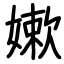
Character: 嫰